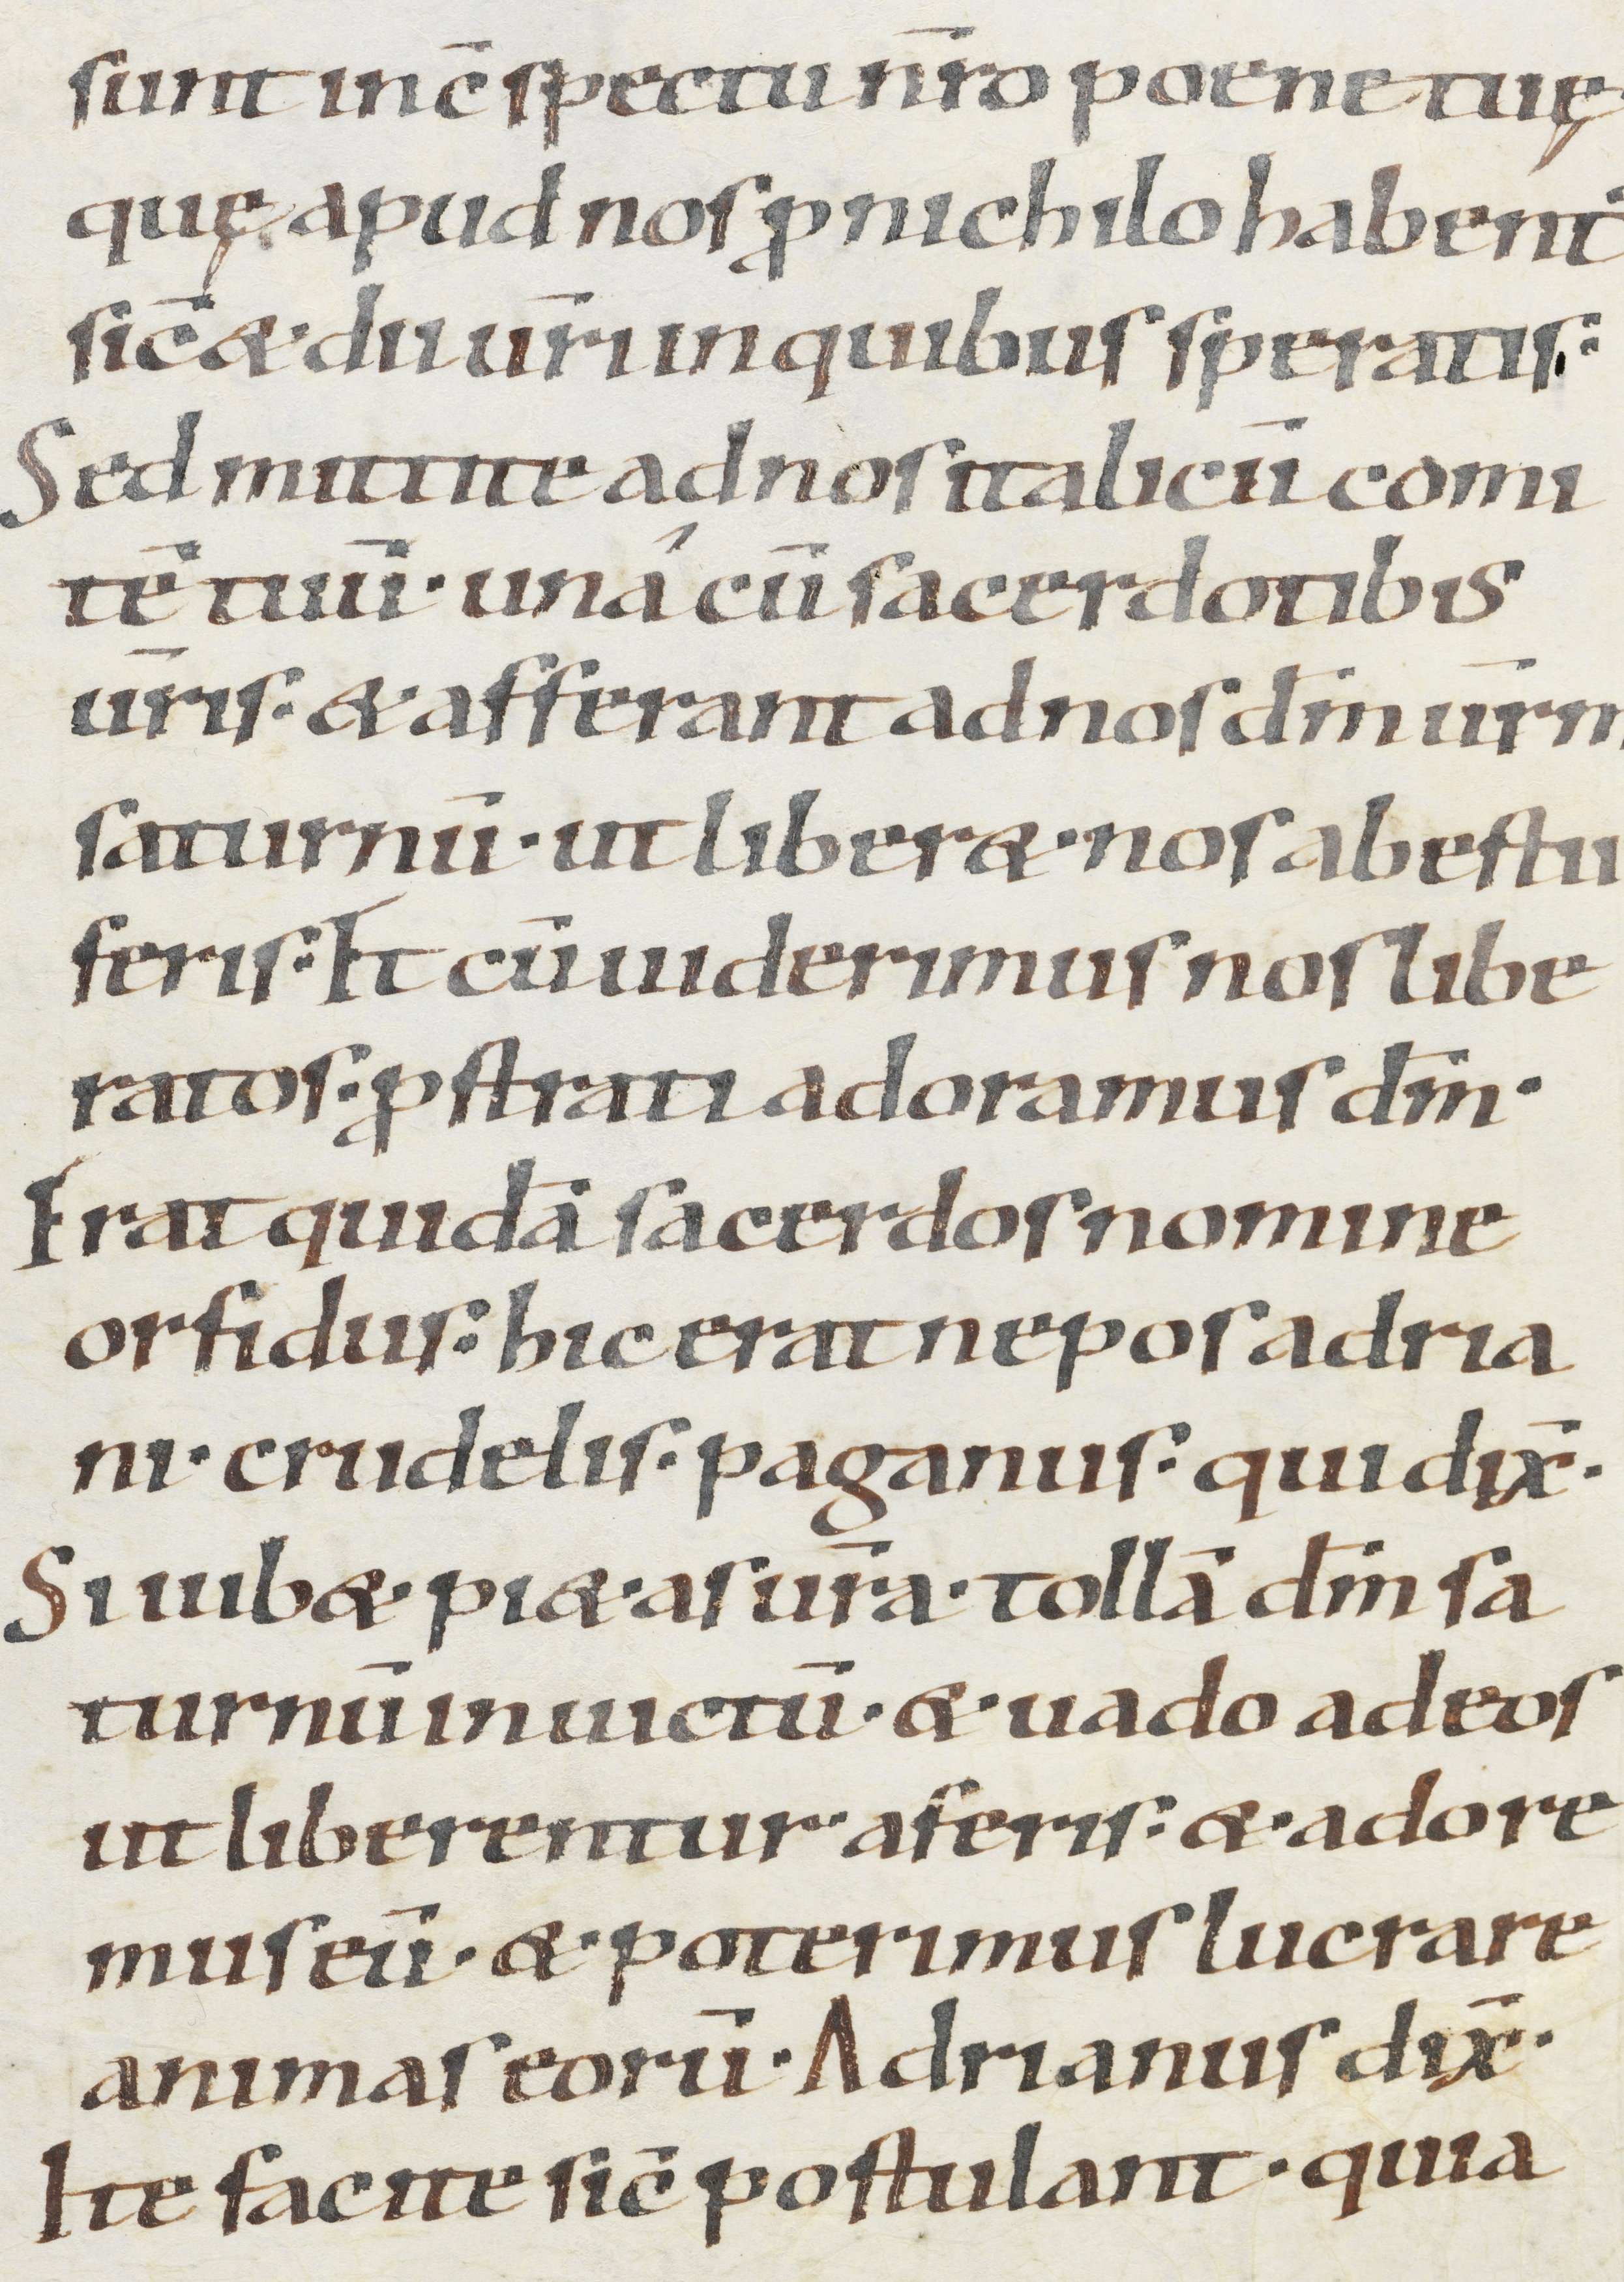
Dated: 900–1099